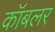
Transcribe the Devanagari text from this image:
कॉबलर